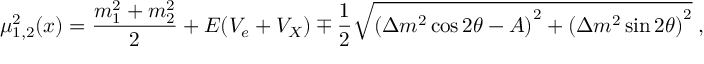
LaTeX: { \mu _ { 1 , 2 } ^ { 2 } } ( x ) = \frac { m _ { 1 } ^ { 2 } + m _ { 2 } ^ { 2 } } { 2 } + E ( { V _ { e } + V _ { X } } ) \mp \frac { 1 } { 2 } \sqrt { \left( { \Delta m ^ { 2 } \cos 2 \theta } - A \right) ^ { 2 } + \left( { \Delta m ^ { 2 } \sin 2 \theta } \right) ^ { 2 } } \; ,